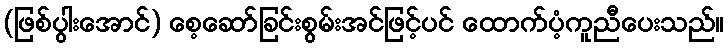
(ဖြစ်ပွါးအောင်) စေ့ဆော်ခြင်းစွမ်းအင်ဖြင့်ပင် ထောက်ပံ့ကူညီပေးသည်။